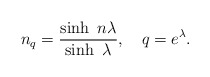
\begin{align*}n_{q}=\frac{\sinh~n\lambda }{\sinh~\lambda },~~~q=e^{\lambda }.\end{align*}